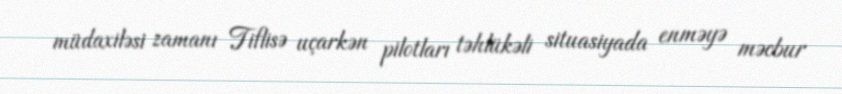
müdaxiləsi zamanı Tiflisə uçarkən pilotları təhlükəli situasiyada enməyə məcbur